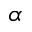
\alpha